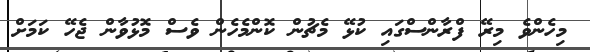
މިހެންވެ މިރޭ ފްރާންސްގައި ކުޅޭ މެޗުން ކޮންމެހެން ވެސް މޮޅުވާން ޖެހޭ ކަމަށް